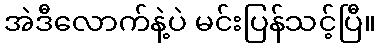
အဲဒီလောက်နဲ့ပဲ မင်းပြန်သင့်ပြီ။